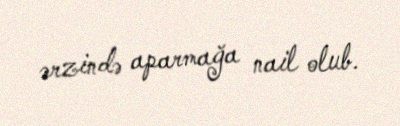
ərzində aparmağa nail olub.